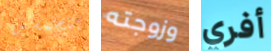
متحمسين وزوجته أفري